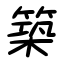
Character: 築